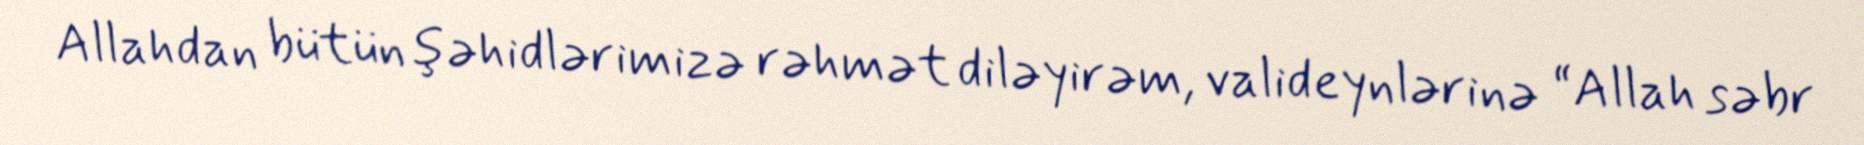
Allahdan bütün şəhidlərimizə rəhmət diləyirəm, valideynlərinə “Allah səbr